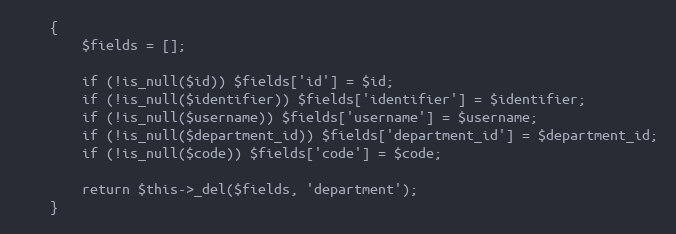
Language: PHP
    {
        $fields = [];

        if (!is_null($id)) $fields['id'] = $id;
        if (!is_null($identifier)) $fields['identifier'] = $identifier;
        if (!is_null($username)) $fields['username'] = $username;
        if (!is_null($department_id)) $fields['department_id'] = $department_id;
        if (!is_null($code)) $fields['code'] = $code;

        return $this->_del($fields, 'department');
    }